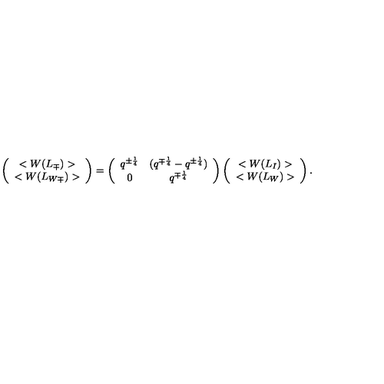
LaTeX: \left( \begin{array} { c } { < W ( L _ { \mp } ) > } \\ { < W ( L _ { W \mp } ) > } \\ \end{array} \right) = \left( \begin{array} { c c } { q ^ { \pm { \frac { 1 } { 4 } } } } & { ( q ^ { \mp { \frac { 1 } { 4 } } } - q ^ { \pm { \frac { 1 } { 4 } } } ) } \\ { 0 } & { q ^ { \mp { \frac { 1 } { 4 } } } } \\ \end{array} \right) \left( \begin{array} { c } { < W ( L _ { I } ) > } \\ { < W ( L _ { W } ) > } \\ \end{array} \right) .